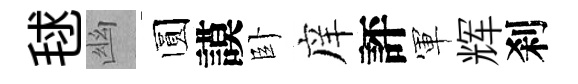
毬幽圆謨卧庠評軍辉刹